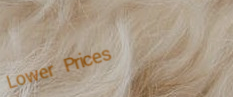
Lower Prices